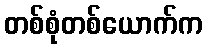
တစ်စုံတစ်ယောက်က